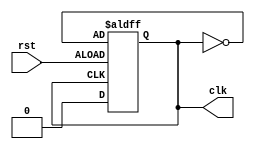
module clock_generator(
    input rst, 
    output reg clk
);

always @ (posedge rst or negedge clk)
begin
    if (~rst) begin
        clk <= 0;
    end else begin
        clk <= ~clk;
    end
end

endmodule